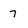
Character: 7